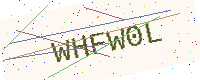
Text: WHFW0L